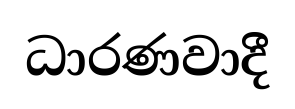
ධාරණවාදී